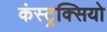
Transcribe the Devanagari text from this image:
कंस्ट्रक्सियो